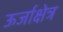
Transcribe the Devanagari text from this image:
ऊर्जाक्षेत्र